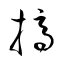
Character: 摘